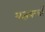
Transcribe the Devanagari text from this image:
यज्ञकर्त्री